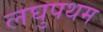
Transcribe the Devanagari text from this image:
लघुपथम